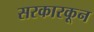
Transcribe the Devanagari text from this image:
सरकारकून